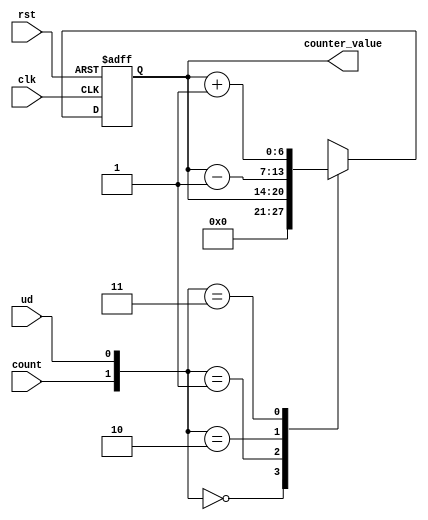
module RCB_FRL_count_to_128(clk, rst, count, ud, counter_value);

//This module counts up/down between 0 to 128

input clk, rst, count, ud;
output [6:0] counter_value;

wire [6:0] counter_value_preserver;
reg [6:0] counter_value/*synthesis syn_noprune = 1*/;

always@(posedge clk or posedge rst)
begin
if(rst == 1'b1)
 counter_value = 7'h00;
else
 begin
  case({count,ud})
   2'b00: counter_value = 7'h00;
   2'b01: counter_value = counter_value_preserver;
   2'b10: counter_value = counter_value_preserver - 1;
   2'b11: counter_value = counter_value_preserver + 1;
   default: counter_value = 7'h00;
  endcase
 end
end

assign counter_value_preserver = counter_value;

endmodule